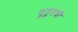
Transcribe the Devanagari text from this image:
गुडूरची